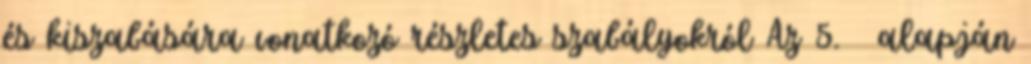
és kiszabására vonatkozó részletes szabályokról Az 5. § alapján